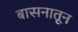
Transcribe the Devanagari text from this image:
बासनातून